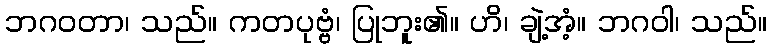
ဘဂဝတာ၊ သည်။ ကတပုဗ္ဗံ၊ ပြုဘူး၏။ ဟိ၊ ချဲ့အံ့။ ဘဂဝါ၊ သည်။